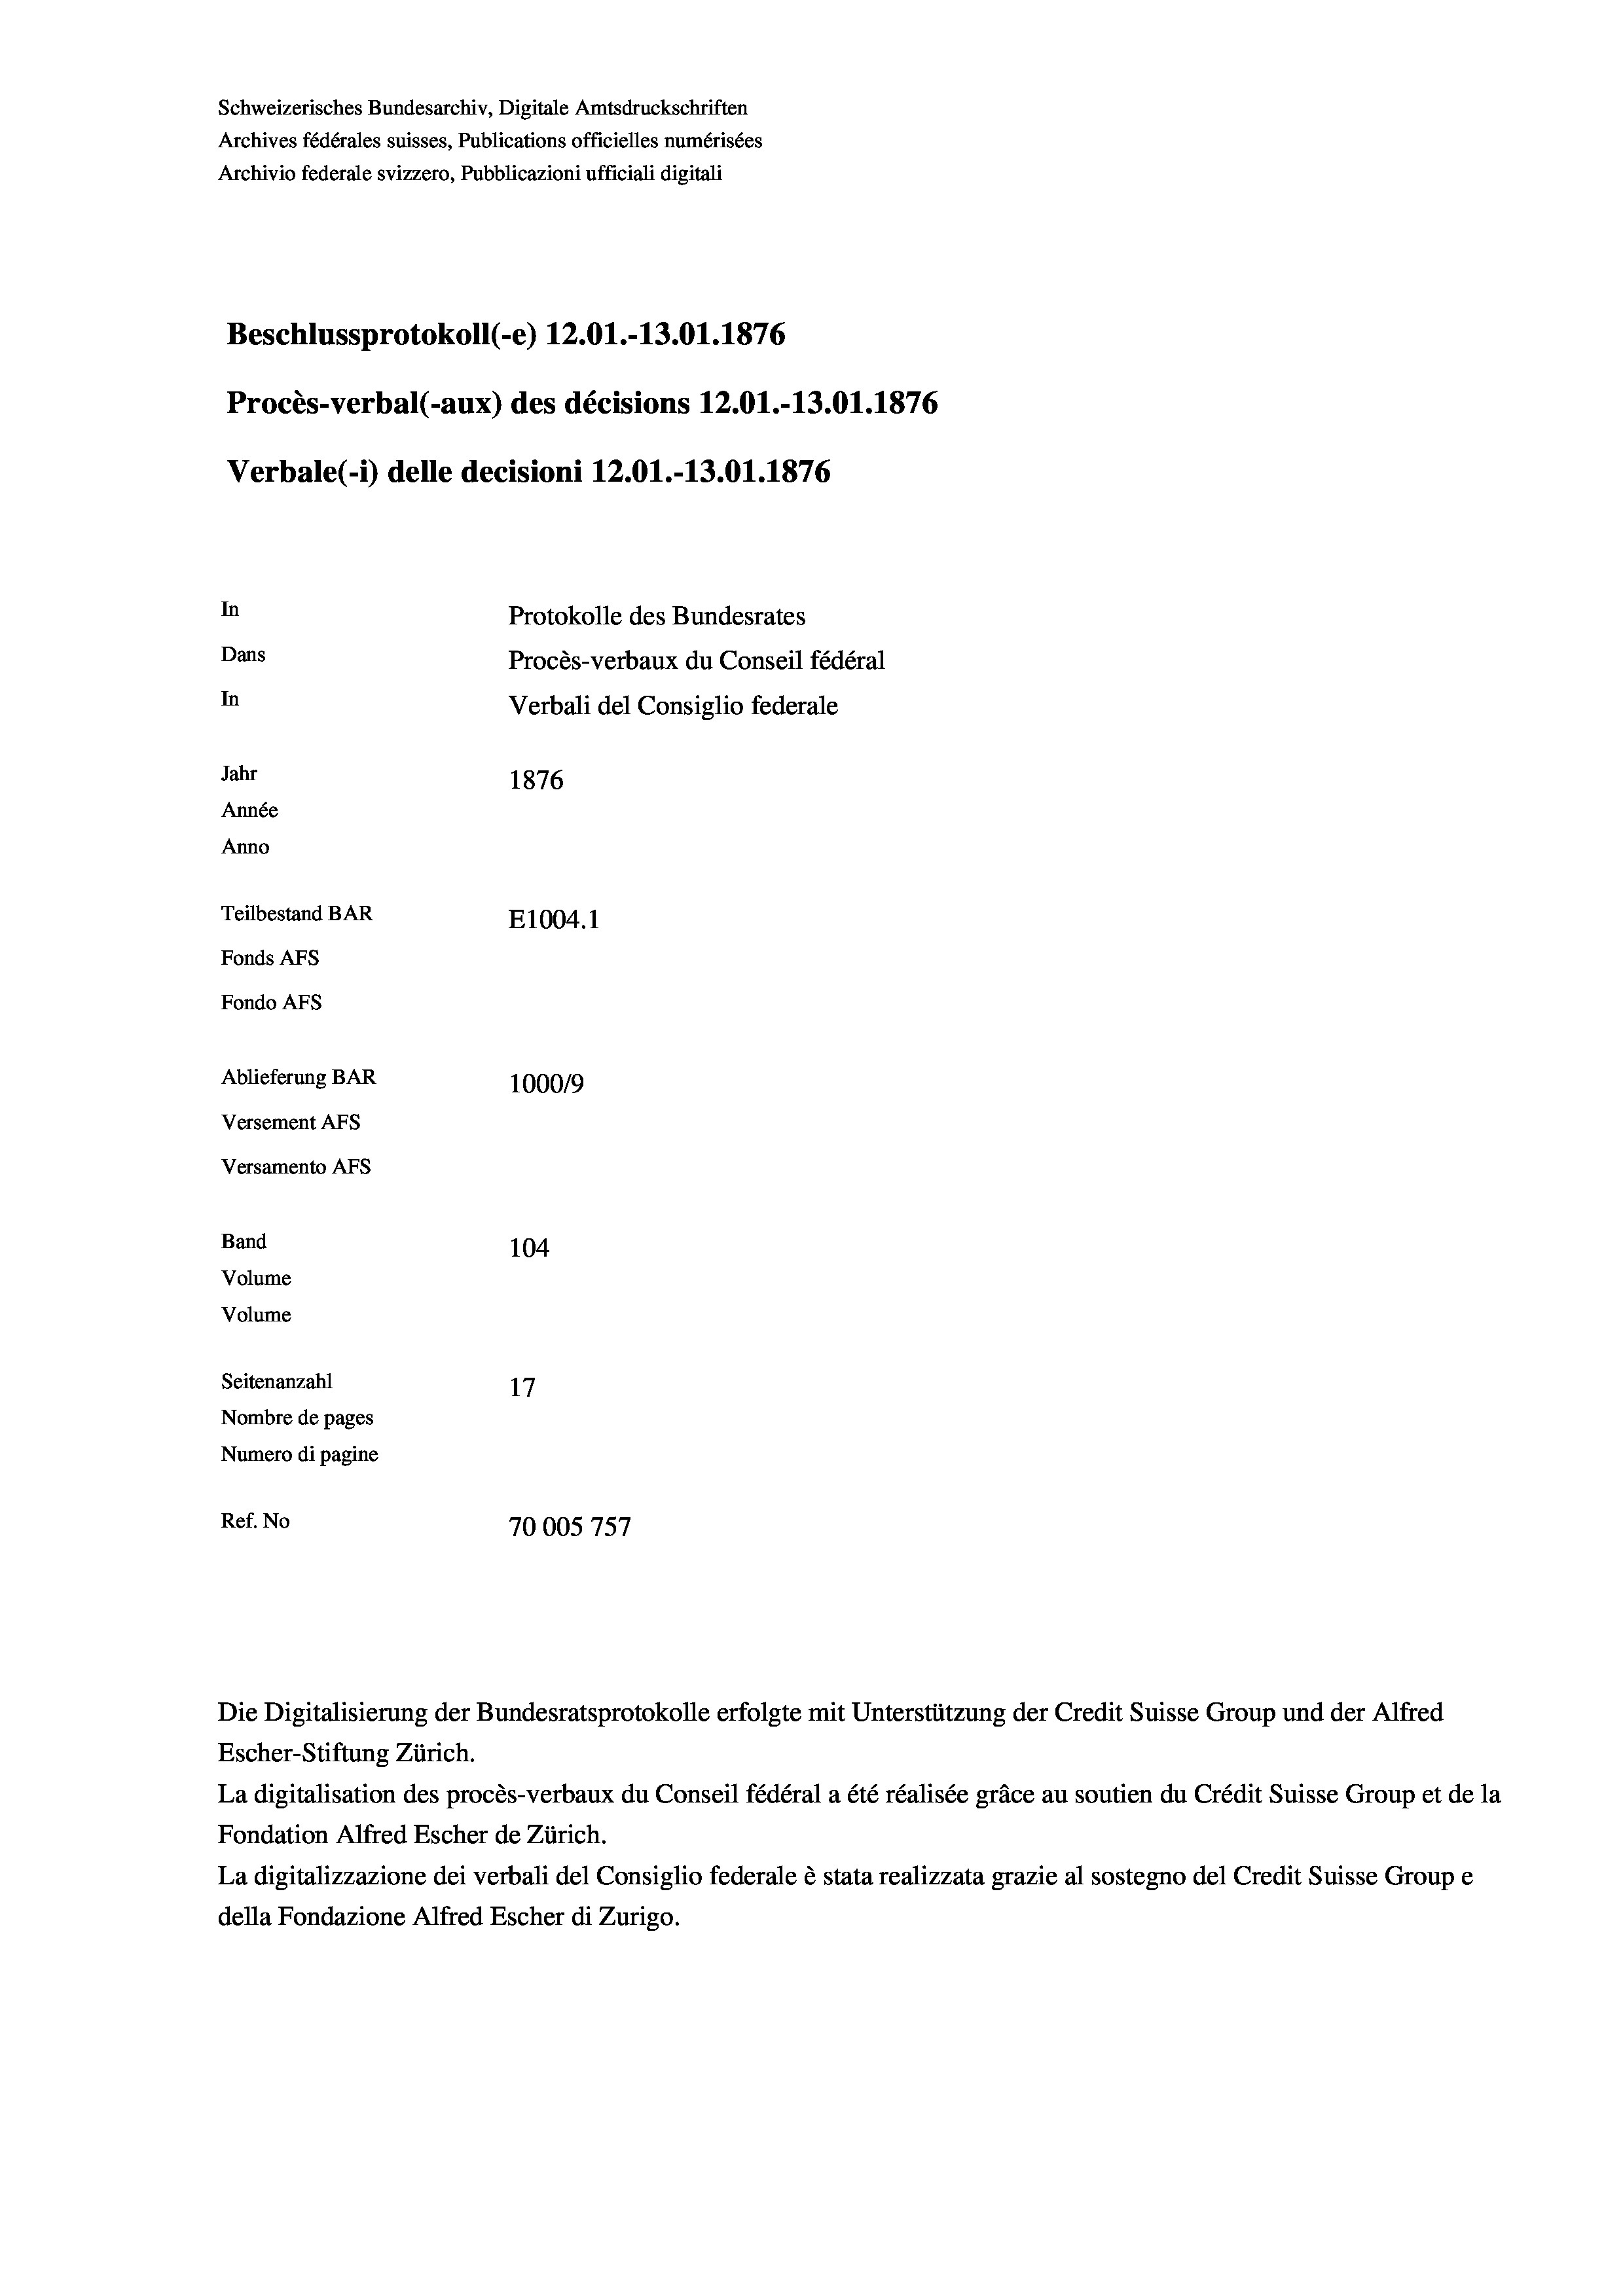
Schweizerisches Bundesarchiv, Digitale Amtsdruckschriften
Archives fédérales suisses, Publications officielles numérisées
Archivio federale svizzero, Pubblicazioni ufficiali digitali
Beschlussprotokoll (-e) 12.01.-13.01. 1876
Procès-verbal (-aux) des décisions 12.01.-13.01. 1876
Verbale(*) delle decisioni 12.01.-13.01. 1876
In
Protokolle des Bundesrates
Dans
Procès-verbaux du Conseil fédéral
In
Verbali del Consiglio federale
Jahr
1876
Année
Anno
Teilbestand BAR
E1004.1
Fonds AFs
Fondo Afs
Ablieferung BAR
100019
Versement AFs
Versamento Afs
Band
104
Volume
Volume
Seitenanzahl
17
Nombre de pages
Numero di pagine
9
Ref. No
70005 757

Die Digitalisierung der Bundesratsprotokolle erfolgte mit Unterstützung der Credit Suisse Group und der Alfred
Escher-Stiftung Zürich.
La digitalisation des procès-verbaux du Conseil fédéral a été réalisée gräce au soutien du Crédit Suisse Group et de la
Fondation Alfred Escher de Zürich.
La digitalizzazione dei verbali del Consiglio federale è stata realizzata grazie al sostegno del Credit Suisse Groupe
della Fondazione Alfred Escher di Zurigo.